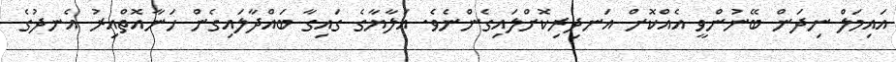
އައިމަލް ނިދަން ބޭނުންވީ އެއްކޮށް އަނދިރިކޮށްލައިގެންނެވެ. އަލާޔާގެ ގައިގާ ބައްދާލައިގެން ހަނާއޮތްއިރު އެނދުގެ